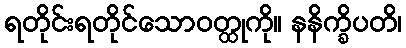
ရတိုင်းရတိုင်သောဝတ္ထုကို။ နနိက္ခိပတိ၊